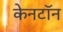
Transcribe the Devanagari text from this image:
केनटॉन